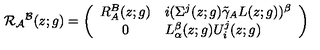
{ \cal R } _ { { \cal A } } { } ^ { { \cal B } } ( z ; g ) = \left( \begin{array} { c l } { R _ { A } ^ { B } ( z ; g ) } & { i ( \Sigma ^ { j } ( z ; g ) \tilde { \gamma } _ { A } L ( z ; g ) ) ^ { \beta } } \\ { 0 } & { L _ { \alpha } ^ { \beta } ( z ; g ) U _ { i } ^ { j } ( z ; g ) } \\ \end{array} \right)